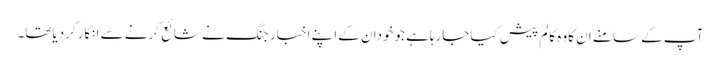
آپ کے سامنے ان کاوہ کالم پیش کیاجارہاہے جوخودان کےاپنے اخبار جنگ نے شائع کرنے سے انکارکردیاتھا۔